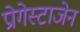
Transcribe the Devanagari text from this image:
प्रोगेस्टाजेन